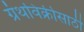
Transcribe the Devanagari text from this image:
ग्रंथविक्रीसाठी